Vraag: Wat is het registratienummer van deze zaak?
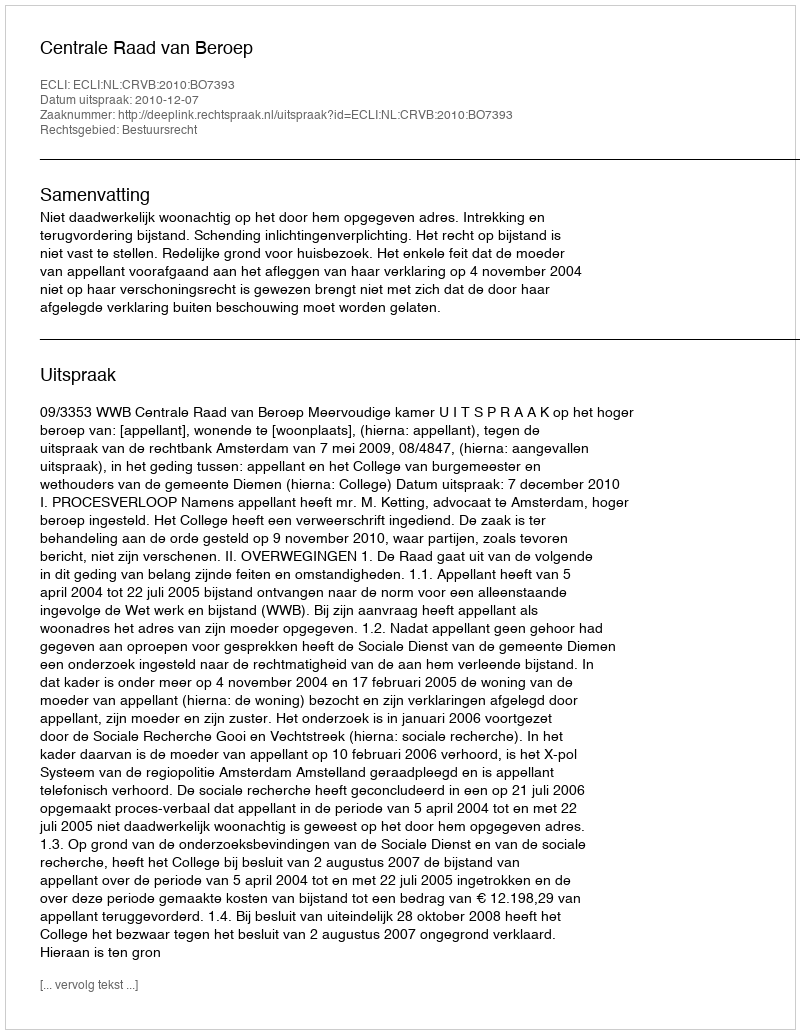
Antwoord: http://deeplink.rechtspraak.nl/uitspraak?id=ECLI:NL:CRVB:2010:BO7393